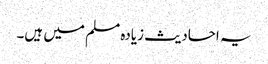
یہ احادیث زیادہ مسلم میں ہیں۔